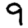
Digit: 9